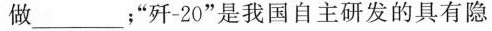
做___；”歼-20”是我国自主研发的具有隐